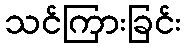
သင်ကြားခြင်း